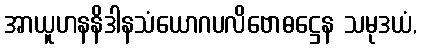
အာယူဟနနိဒါနသံယောဂပလိဗောဓဋ္ဌေန သမုဒယံ,